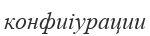
конфиіурации